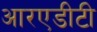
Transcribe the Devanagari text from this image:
आरएडीटी